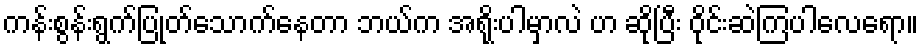
ကန်းစွန်းရွက်ပြုတ်သောက်နေတာ ဘယ်က အရိုးပါမှာလဲ ဟ ဆိုပြီး ဝိုင်းဆဲကြပါလေရော။